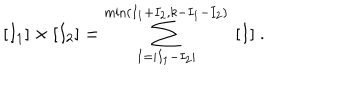
[ I _ { 1 } ] \times [ I _ { 2 } ] = \sum _ { I = | I _ { 1 } - I _ { 2 } | } ^ { \mathrm { m i n } ( I _ { 1 } + I _ { 2 } , k - I _ { 1 } - I _ { 2 } ) } \ [ I ] \ .